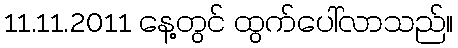
11.11.2011 နေ့တွင် ထွက်ပေါ်လာသည်။